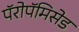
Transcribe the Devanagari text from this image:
पॅरोपॅमिसेड